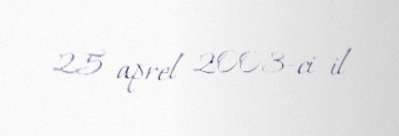
25 aprel 2003-ci il